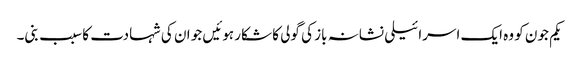
یکم جون کو وہ ایک اسرائیلی نشانہ باز کی گولی کا شکار ہوئیں جو ان کی شہادت کا سبب بنی۔